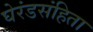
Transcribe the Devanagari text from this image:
घेरंडसंहिता